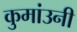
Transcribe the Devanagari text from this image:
कुमांउनी